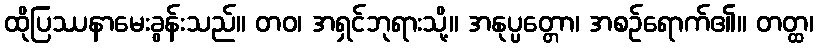
ထိုပြဿနာမေးခွန်းသည်။ တဝ၊ အရှင်ဘုရားသို့။ အနုပ္ပတ္တော၊ အစဉ်ရောက်၏။ တတ္ထ၊